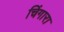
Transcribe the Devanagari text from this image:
चिंगारा